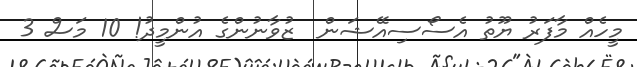
މީހެއް މާފަރު ޔޫތު އެސޯސިއޭޝަން  ޒުވާނުންގެ އުންމީދު! 10 މަސް 3